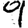
Digit: 9